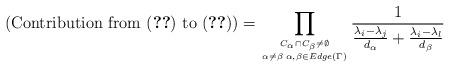
LaTeX: \begin{align*}(\mbox {Contribution from (\ref{43}) to (\ref{34})}) =\prod_{{C_{\alpha}\cap C_{\beta}\neq\emptyset}\atop{\alpha\neq\beta\;\alpha,\beta\in Edge(\Gamma)}}\frac{1}{\frac{\lambda_{i}-\lambda_{j}}{d_{\alpha}}+\frac{\lambda_{i}-\lambda_{l}}{d_{\beta}}}\end{align*}